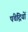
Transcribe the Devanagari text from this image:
पंचेद्रियों